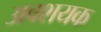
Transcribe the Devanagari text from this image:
अवशयक